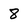
Character: 8